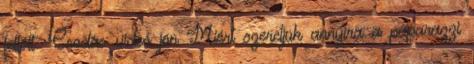
feltölt. Csodás videó jön Miért szeretjük annyira a paparazzi